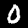
Label: 0